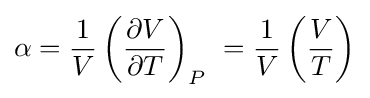
\alpha ={\frac {1}{V}}\left({\frac {\partial V}{\partial T}}\right)_{P}\ ={\frac {1}{V}}\left({\frac {V}{T}}\right)